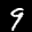
Label: 9